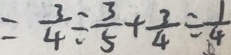
= \frac { 3 } { 4 } \div \frac { 3 } { 5 } + \frac { 3 } { 4 } \div \frac { 1 } { 4 }